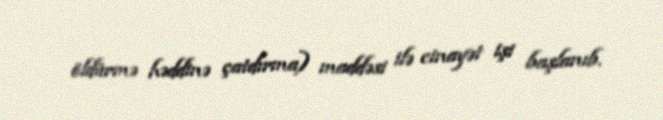
öldürmə həddinə çatdırma) maddəsi ilə cinayət işi başlanıb.